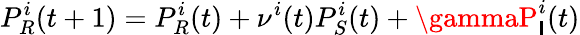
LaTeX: P_{R}^{i}(t+1)=P_{R}^{i}(t)+\nu^{i}(t)P_{S}^{i}(t)+\gammaP_{\mathsf{I}}^{i}(t)